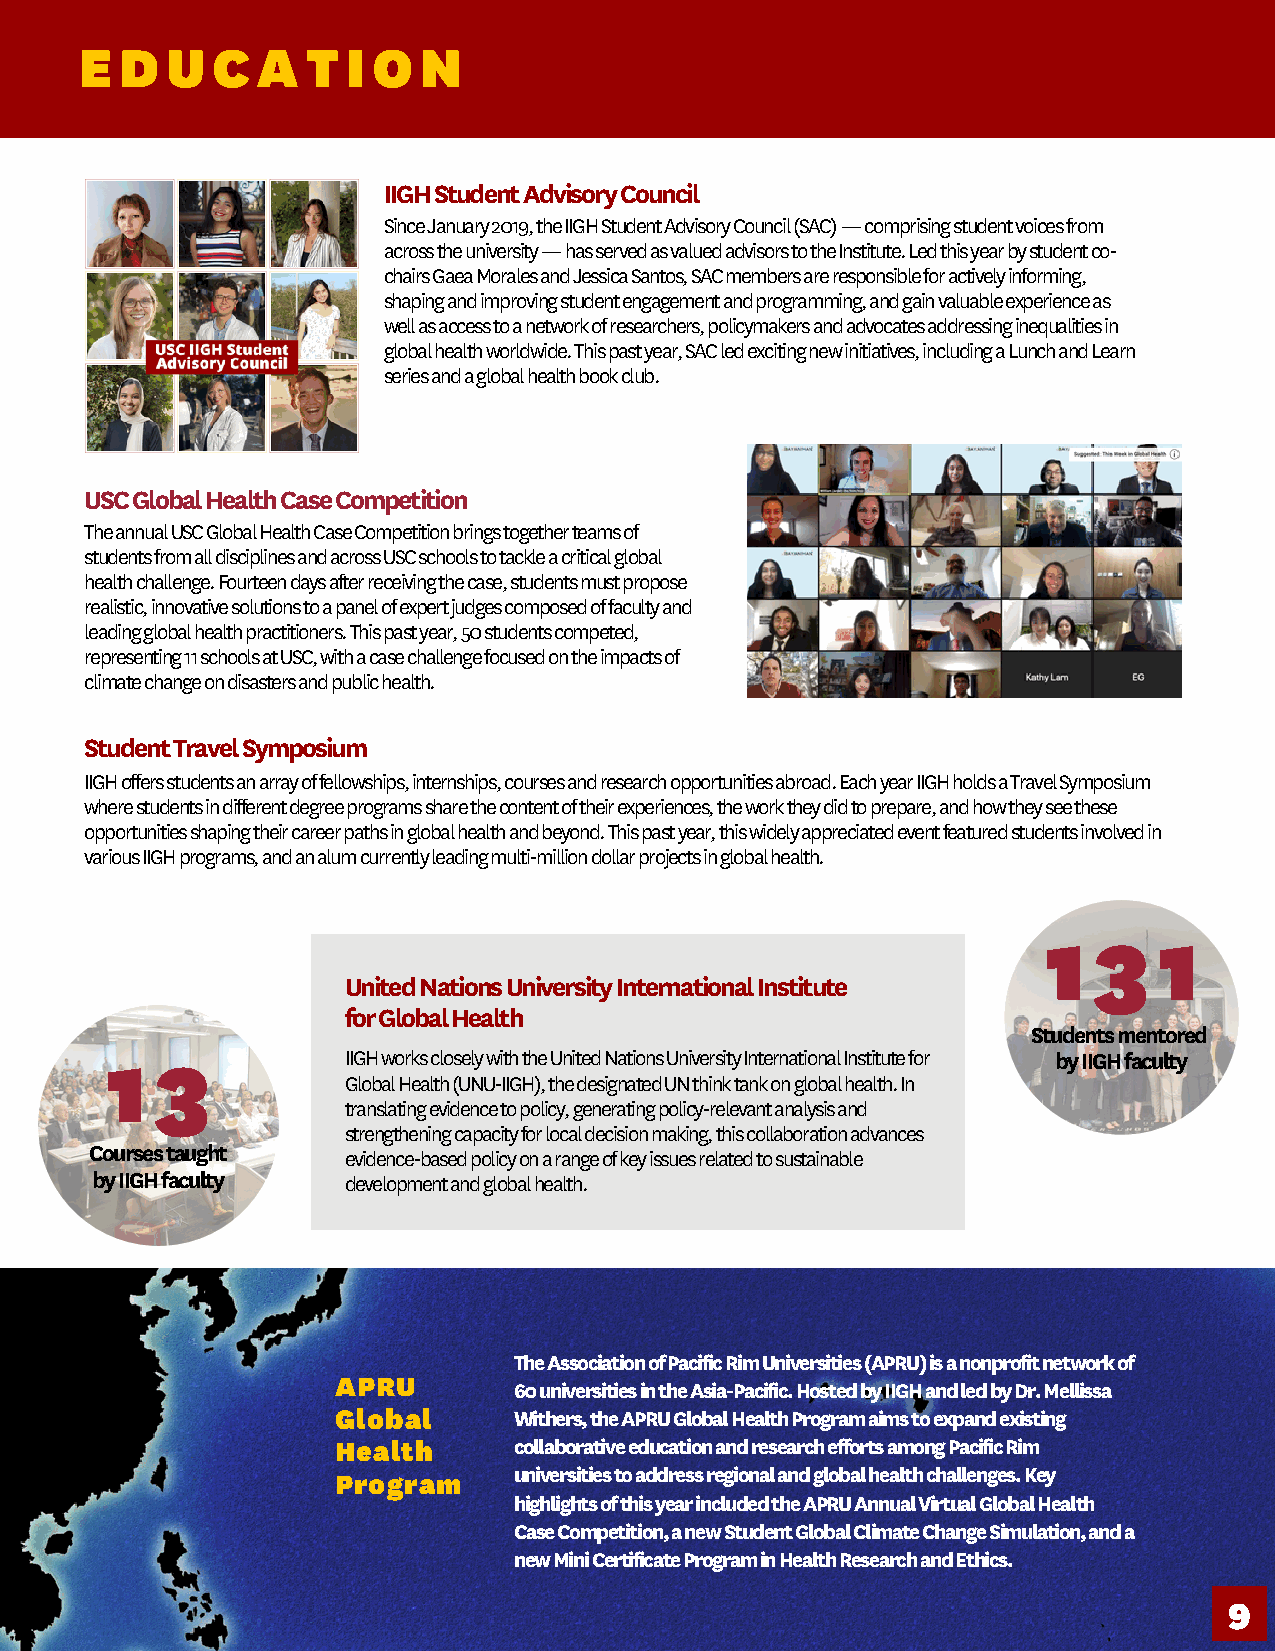
E  D  U  C  A  T  I O  N
 IIGH Student Advisory Council
 Since January 2019, the IIGH Student Advisory Council (SAC) — comprising student voices from
 across the university — has served as valued advisors to the Institute. Led this year by student co-
 chairs Gaea Morales and Jessica Santos, SAC members are responsible for actively informing,
 shaping and improving student engagement and programming, and gain valuable experience as
 well as access to a network of researchers, policymakers and advocates addressing inequalities in
 global health worldwide. This past year, SAC led exciting new initiatives, including a Lunch and Learn
 series and a global health book club.
 USC Global Health Case Competition
 The annual USC Global Health Case Competition brings together teams of
 students from all disciplines and across USC schools to tackle a critical global
 health challenge. Fourteen days after receiving the case, students must propose
 realistic, innovative solutions to a panel of expert judges composed of faculty and
 leading global health practitioners. This past year, 50 students competed,
 representing 11 schools at USC, with a case challenge focused on the impacts of
 climate change on disasters and public health.
 Student Travel Symposium
 IIGH offers students an array of fellowships, internships, courses and research opportunities abroad. Each year IIGH holds a Travel Symposium
 where students in different degree programs share the content of their experiences, the work they did to prepare, and how they see these
 opportunities shaping their career paths in global health and beyond. This past year, this widely appreciated event featured students involved in
 various IIGH programs, and an alum currently leading multi-million dollar projects in global health.
 1  3    1
 United Nations University International Institute
 for Global Health
 Students mentored
 1  3            IIGH works closely with the United Nations University International Institute for by IIGH faculty
 Global Health (UNU-IIGH), the designated UN think tank on global health. In
 translating evidence to policy, generating policy-relevant analysis and
 strengthening capacity for local decision making, this collaboration advances
 Courses taught   evidence-based policy on a range of key issues related to sustainable
 by IIGH faculty  development and global health.
 The Association of Pacific Rim Universities (APRU) is a nonprofit network of
 APRU
 60 universities in the Asia-Pacific. Hosted by IIGH and led by Dr. Mellissa
 Global      Withers, the APRU Global Health Program aims to expand existing
 Health      collaborative education and research efforts among Pacific Rim
 Program     universities to address regional and global health challenges. Key
 highlights of this year included the APRU Annual Virtual Global Health
 Case Competition, a new Student Global Climate Change Simulation, and a
 new Mini Certificate Program in Health Research and Ethics.
 9